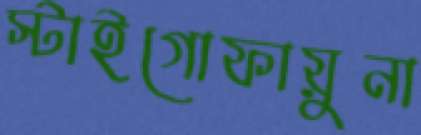
স্টাইগোফায়ুনা